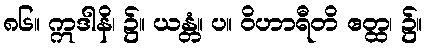
၈၆။ ဣဒါနိ၊ ၌။ ယန္တံ။ ပ။ ဝိဟာရီတိ ဧတ္ထ၊ ၌။